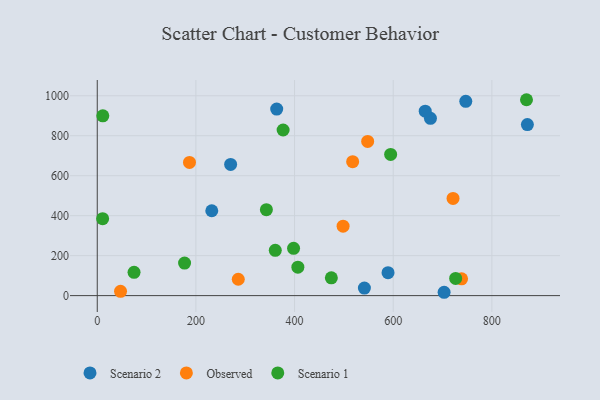
{"axis": {"x": "Engine Size", "y": "Demand"}, "legend": ["Observed", "Scenario 1", "Scenario 2"], "data": [{"x": "232.2", "y": 424.7, "type": "Scenario 2"}, {"x": "872.0", "y": 856.0, "type": "Scenario 2"}, {"x": "270.4", "y": 656.3, "type": "Scenario 2"}, {"x": "363.8", "y": 933.5, "type": "Scenario 2"}, {"x": "747.1", "y": 972.1, "type": "Scenario 2"}, {"x": "675.5", "y": 887.1, "type": "Scenario 2"}, {"x": "589.5", "y": 114.7, "type": "Scenario 2"}, {"x": "664.9", "y": 922.8, "type": "Scenario 2"}, {"x": "541.6", "y": 37.6, "type": "Scenario 2"}, {"x": "703.2", "y": 16.7, "type": "Scenario 2"}, {"x": "721.3", "y": 486.5, "type": "Observed"}, {"x": "517.8", "y": 670.0, "type": "Observed"}, {"x": "498.4", "y": 347.4, "type": "Observed"}, {"x": "738.6", "y": 83.8, "type": "Observed"}, {"x": "548.2", "y": 771.5, "type": "Observed"}, {"x": "47.2", "y": 21.7, "type": "Observed"}, {"x": "285.9", "y": 81.9, "type": "Observed"}, {"x": "187.0", "y": 666.7, "type": "Observed"}, {"x": "406.7", "y": 142.5, "type": "Scenario 1"}, {"x": "870.2", "y": 980.2, "type": "Scenario 1"}, {"x": "594.8", "y": 706.7, "type": "Scenario 1"}, {"x": "474.6", "y": 89.1, "type": "Scenario 1"}, {"x": "342.9", "y": 429.8, "type": "Scenario 1"}, {"x": "10.9", "y": 384.9, "type": "Scenario 1"}, {"x": "11.3", "y": 899.6, "type": "Scenario 1"}, {"x": "398.0", "y": 236.5, "type": "Scenario 1"}, {"x": "726.6", "y": 86.2, "type": "Scenario 1"}, {"x": "376.8", "y": 828.7, "type": "Scenario 1"}, {"x": "360.9", "y": 226.8, "type": "Scenario 1"}, {"x": "74.6", "y": 116.6, "type": "Scenario 1"}, {"x": "177.0", "y": 162.9, "type": "Scenario 1"}]}